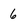
Character: 6